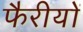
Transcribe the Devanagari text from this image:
फैरीयों